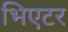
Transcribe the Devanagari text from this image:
भिएटर